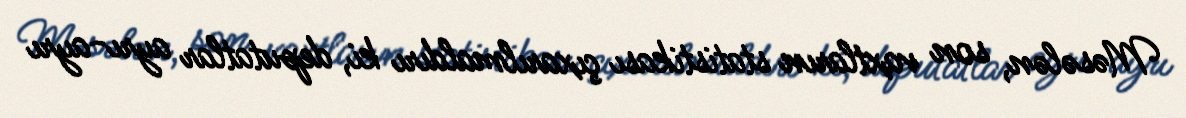
Məsələn, son vaxtların statistikası çıxarılmaldırı ki, deputatlar ayrı-ayrı